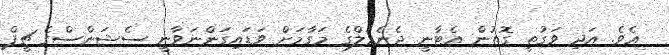
އެވެ. އަދި ވަގުތީ ގޮތުން އެޓާނީ ޖެނެރަލްގެ މަގާމަށް ވަޑައިގަންނަވާނީ ސެޝަންސްގެ ޗީފް